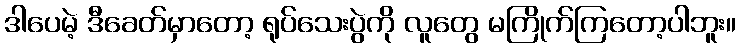
ဒါပေမဲ့ ဒီခေတ်မှာတော့ ရုပ်သေးပွဲကို လူတွေ မကြိုက်ကြတော့ပါဘူး။